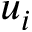
u _ { i }